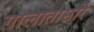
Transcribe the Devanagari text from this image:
गालातासारे